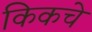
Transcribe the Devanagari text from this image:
किकचे